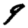
Digit: 9